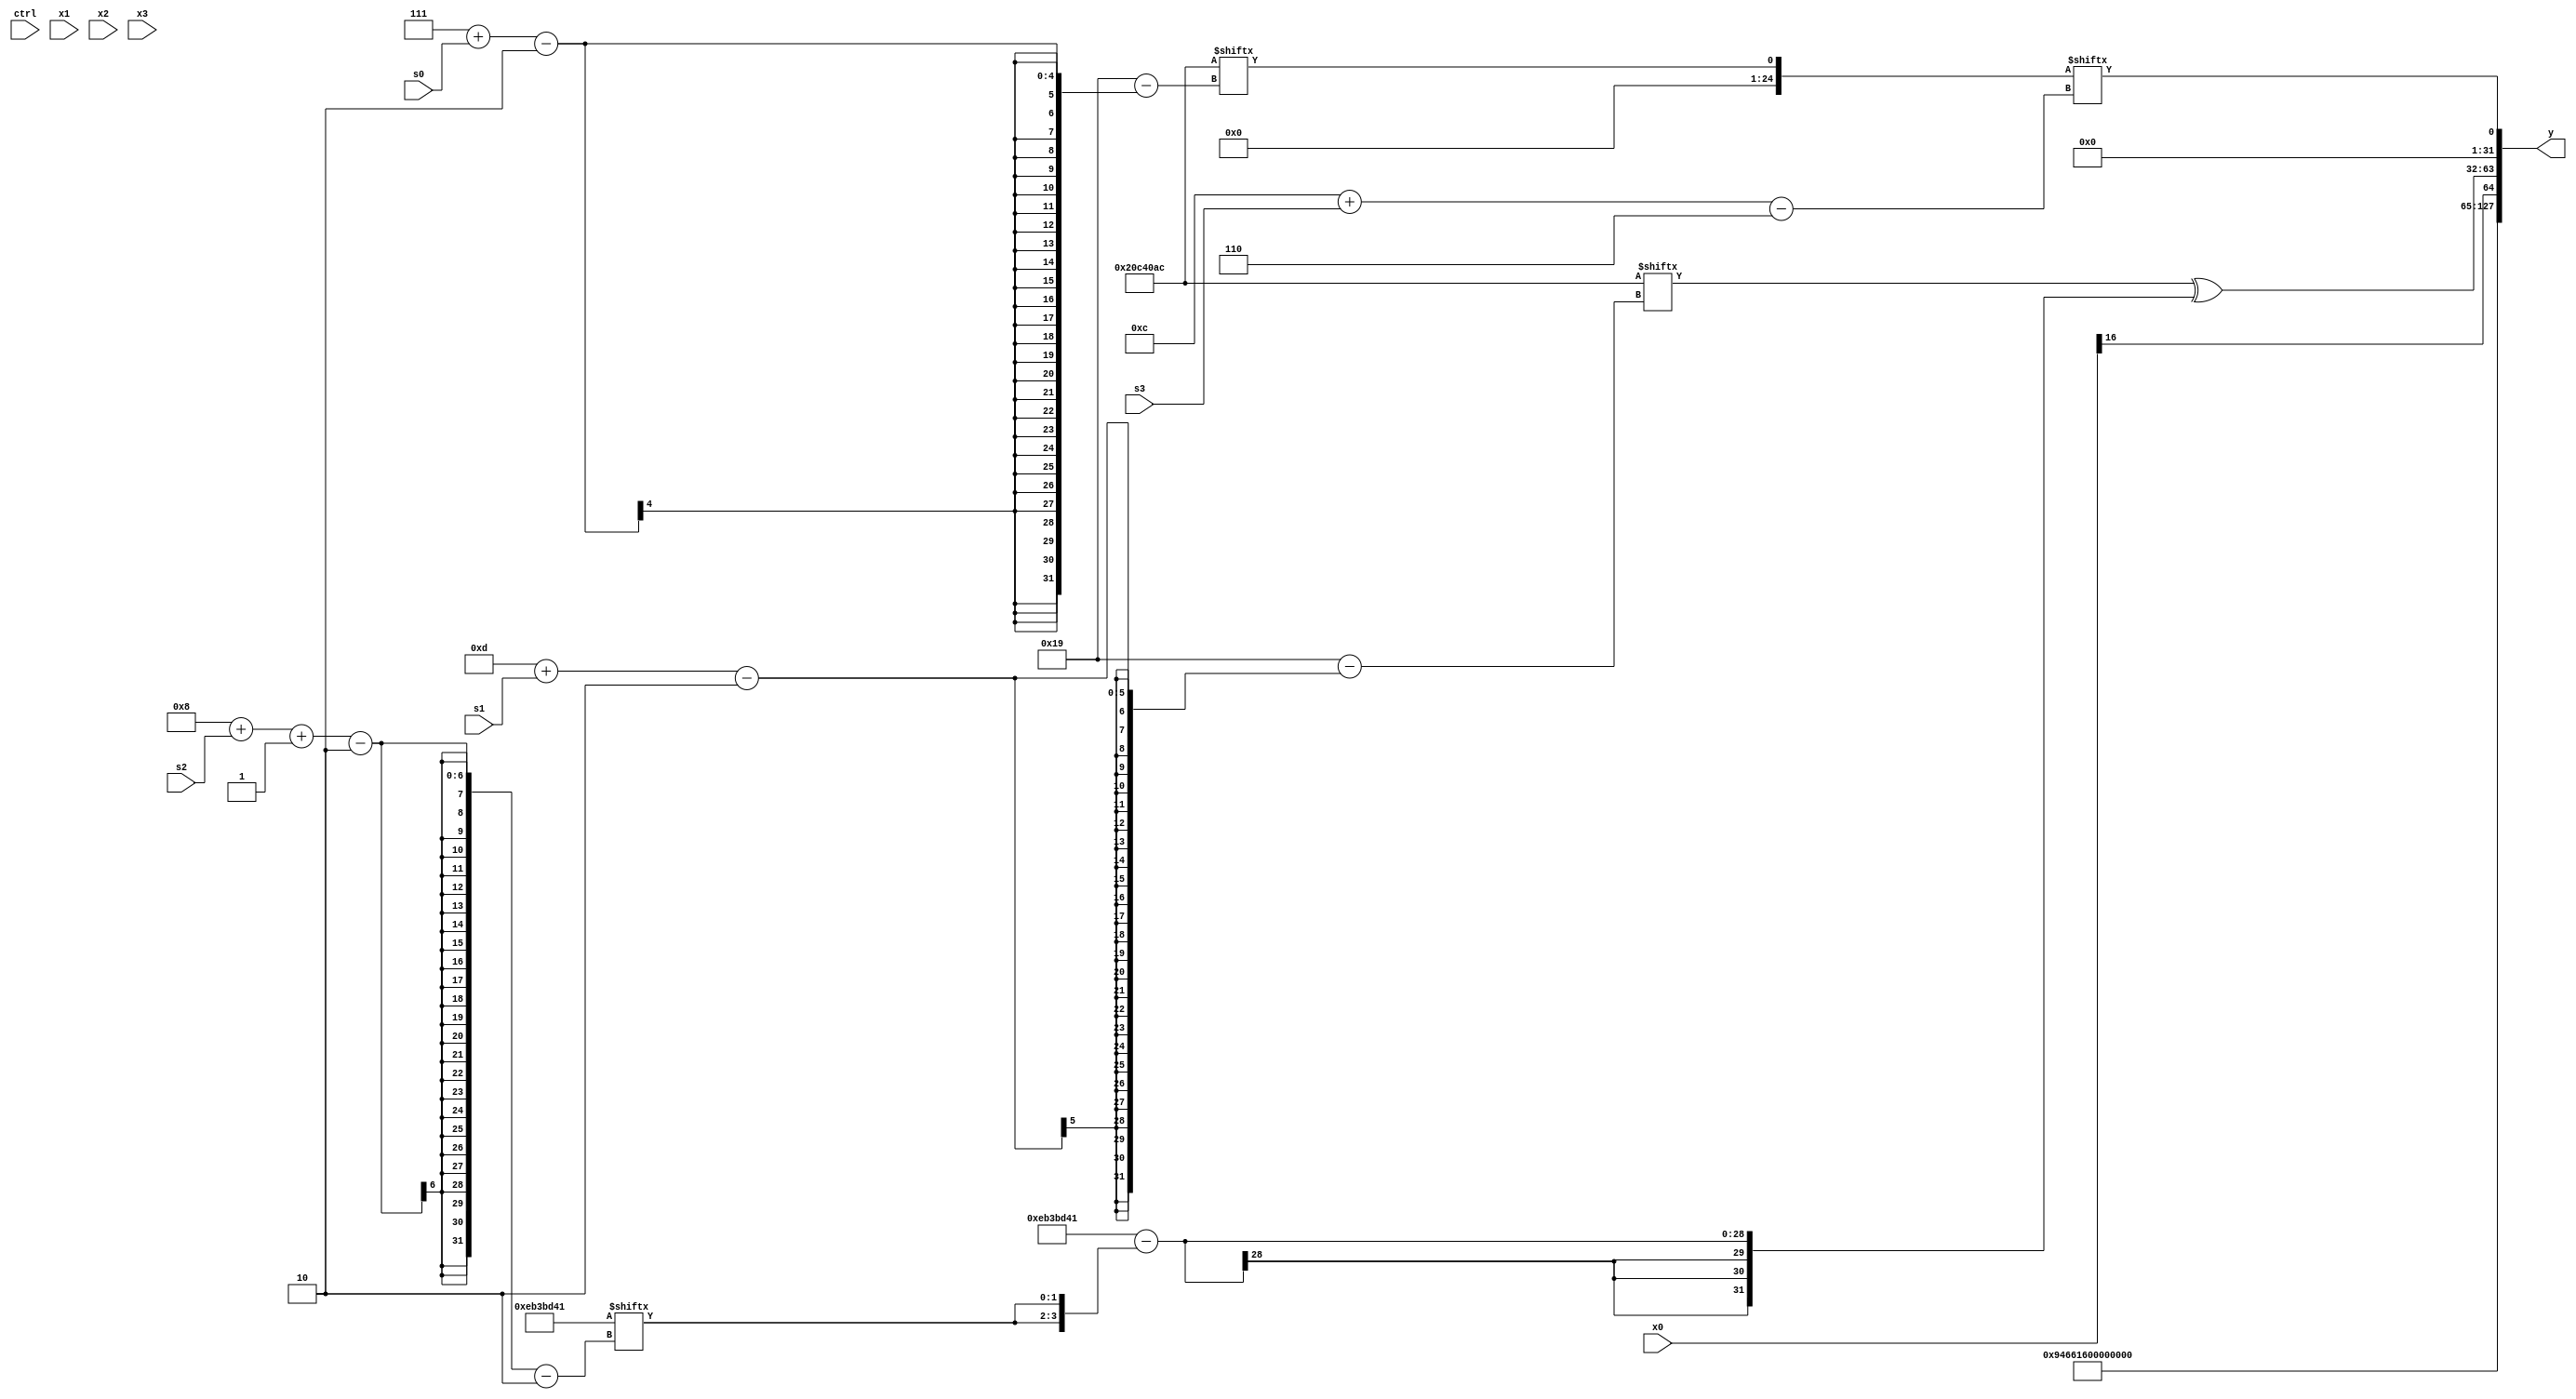
module partsel_00908(ctrl, s0, s1, s2, s3, x0, x1, x2, x3, y);
  input [3:0] ctrl;
  input [2:0] s0;
  input [2:0] s1;
  input [2:0] s2;
  input [2:0] s3;
  input [31:0] x0;
  input signed [31:0] x1;
  input [31:0] x2;
  input [31:0] x3;
  wire signed [3:26] x4;
  wire signed [1:27] x5;
  wire signed [31:0] x6;
  wire [30:6] x7;
  wire [30:7] x8;
  wire [5:25] x9;
  wire [4:27] x10;
  wire signed [3:24] x11;
  wire signed [4:27] x12;
  wire [3:26] x13;
  wire [25:0] x14;
  wire signed [30:0] x15;
  output [127:0] y;
  wire signed [31:0] y0;
  wire [31:0] y1;
  wire signed [31:0] y2;
  wire [31:0] y3;
  assign y = {y0,y1,y2,y3};
  localparam [30:5] p0 = 220777516;
  localparam signed [30:2] p1 = 246660417;
  localparam signed [25:1] p2 = 43925415;
  localparam signed [2:27] p3 = 705446060;
  assign x4 = (({{(ctrl[1] && ctrl[3] || !ctrl[1] ? p2[20 -: 2] : p2[12]), (ctrl[3] && !ctrl[1] && ctrl[0] ? p1 : x0[14])}, p2} ^ x2[13]) - x2[8 + s1]);
  assign x5 = ({(!ctrl[2] && !ctrl[2] && !ctrl[0] ? p2[19 + s1 -: 7] : x0[30 + s3 +: 4]), {2{p2[16]}}} - p3[25 + s0 +: 8]);
  assign x6 = p3[17];
  assign x7 = p3[7 + s0];
  assign x8 = (({2{(p3 - {p3[23 + s2 +: 1], x1[19 -: 4]})}} + p3) | {x0[8 + s3], p1[23 -: 1]});
  assign x9 = p3;
  assign x10 = {2{{(x6[20] ^ x9), p1[31 + s3 +: 2]}}};
  assign x11 = p1[15 + s0];
  assign x12 = (((ctrl[0] && ctrl[2] || ctrl[2] ? x9[18 -: 4] : x4) ^ {2{{p3[12 +: 1], (p2[25 + s3 +: 4] & x1[23 -: 2])}}}) + ((x6[17 + s0] & p3[23 -: 1]) ^ p1[20 + s1 +: 2]));
  assign x13 = ({2{(ctrl[1] || ctrl[2] || ctrl[2] ? ((ctrl[3] && ctrl[3] || !ctrl[2] ? ((x9[31 + s1 -: 6] - ((x10 | (p2[18 +: 2] | p0[23 -: 1])) - x3)) ^ p0[20 -: 3]) : x5[21 -: 1]) - {2{x11}}) : x3[11 + s1])}} - x3[15 + s1]);
  assign x14 = (x7[28 + s1 +: 4] & (p1[24 + s1 -: 3] | (ctrl[0] && ctrl[0] && !ctrl[0] ? {x3[8], p1} : {p3[16 + s0], p3[19 -: 4]})));
  assign x15 = (!ctrl[2] || !ctrl[2] && ctrl[2] ? {{2{x14[17 + s2]}}, p3[15 +: 3]} : x11);
  assign y0 = p0;
  assign y1 = x0[16];
  assign y2 = (p3[13 + s1] ^ (p1 - {2{p1[8 + s2 -: 2]}}));
  assign y3 = {x11[22], x7[12 + s3]};
endmodule